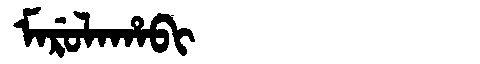
Manchu: ᠮᠠᡵᡠᠯᠠᡥᠠᠪᡳ
Romanization: MARULAHABI